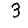
Digit: 3